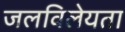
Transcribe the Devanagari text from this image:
जलविलेयता